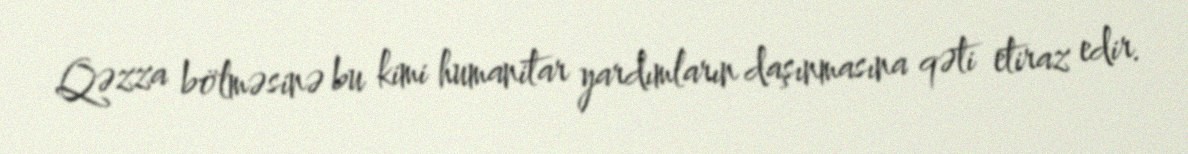
Qəzza bölməsinə bu kimi humanitar yardımların daşınmasına qəti etiraz edir.